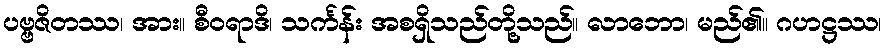
ပဗ္ဗဇိတဿ၊ အား။ စီဝရာဒိ၊ သင်္ကန်း အစရှိသည်တို့သည်။ လာဘော၊ မည်၏။ ဂဟဋ္ဌဿ၊